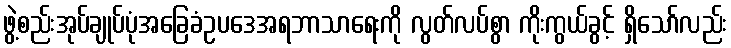
ဖွဲ့စည်းအုပ်ချုပ်ပုံအခြေခံဥပဒေအရဘာသာရေးကို လွတ်လပ်စွာ ကိုးကွယ်ခွင့် ရှိသော်လည်း